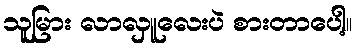
သူမြား လာလှူလေးပဲ စားတာပေါ့။